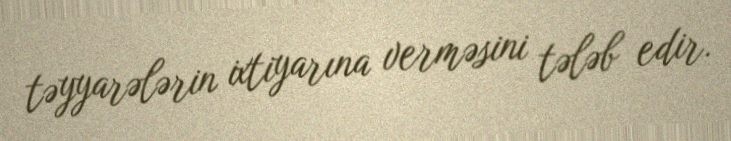
təyyarələrin ixtiyarına verməsini tələb edir.